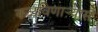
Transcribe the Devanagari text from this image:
कळविणार्‍यास